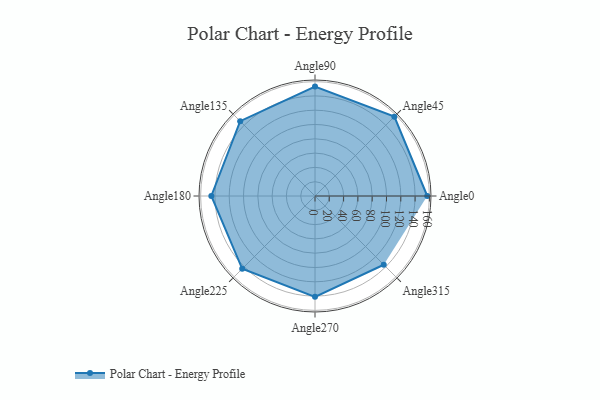
{"axis": {"x": "Angle", "y": "Radius"}, "legend": [""], "data": [{"x": "Angle0", "y": 157.0, "type": ""}, {"x": "Angle45", "y": 157.0, "type": ""}, {"x": "Angle90", "y": 153.0, "type": ""}, {"x": "Angle135", "y": 148.0, "type": ""}, {"x": "Angle180", "y": 145.0, "type": ""}, {"x": "Angle225", "y": 144.0, "type": ""}, {"x": "Angle270", "y": 141.0, "type": ""}, {"x": "Angle315", "y": 136.0, "type": ""}]}